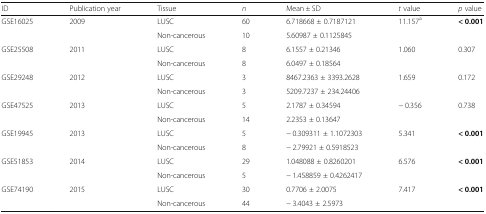
<table><thead><tr><td><b>ID</b></td><td><b>Publication year</b></td><td><b>Tissue</b></td><td><b><i>n</i></b></td><td><b>Mean ± SD</b></td><td><b><i>t</i> value</b></td><td><b><i>p</i> value</b></td></tr></thead><tbody><tr><td rowspan="2">GSE16025</td><td rowspan="2">2009</td><td>LUSC</td><td>60</td><td>6.718668 ± 0.7187121</td><td rowspan="2">11.157<sup>a</sup></td><td rowspan="2"><b>&lt; 0.001</b></td></tr><tr><td>Non-cancerous</td><td>10</td><td>5.60987 ± 0.1125845</td></tr><tr><td rowspan="2">GSE25508</td><td rowspan="2">2011</td><td>LUSC</td><td>8</td><td>6.1557 ± 0.21346</td><td rowspan="2">1.060</td><td rowspan="2">0.307</td></tr><tr><td>Non-cancerous</td><td>8</td><td>6.0497 ± 0.18564</td></tr><tr><td rowspan="2">GSE29248</td><td rowspan="2">2012</td><td>LUSC</td><td>3</td><td>8467.2363 ± 3393.2628</td><td rowspan="2">1.659</td><td rowspan="2">0.172</td></tr><tr><td>Non-cancerous</td><td>3</td><td>5209.7237 ± 234.24406</td></tr><tr><td rowspan="2">GSE47525</td><td rowspan="2">2013</td><td>LUSC</td><td>5</td><td>2.1787 ± 0.34594</td><td rowspan="2">− 0.356</td><td rowspan="2">0.738</td></tr><tr><td>Non-cancerous</td><td>14</td><td>2.2353 ± 0.13647</td></tr><tr><td rowspan="2">GSE19945</td><td rowspan="2">2013</td><td>LUSC</td><td>5</td><td>− 0.309311 ± 1.1072303</td><td rowspan="2">5.341</td><td rowspan="2"><b>&lt; 0.001</b></td></tr><tr><td>Non-cancerous</td><td>8</td><td>− 2.79921 ± 0.5918523</td></tr><tr><td rowspan="2">GSE51853</td><td rowspan="2">2014</td><td>LUSC</td><td>29</td><td>1.048088 ± 0.8260201</td><td rowspan="2">6.576</td><td rowspan="2"><b>&lt; 0.001</b></td></tr><tr><td>Non-cancerous</td><td>5</td><td>− 1.458859 ± 0.4262417</td></tr><tr><td rowspan="2">GSE74190</td><td rowspan="2">2015</td><td>LUSC</td><td>30</td><td>0.7706 ± 2.0075</td><td rowspan="2">7.417</td><td rowspan="2"><b>&lt; 0.001</b></td></tr><tr><td>Non-cancerous</td><td>44</td><td>− 3.4043 ± 2.5973</td></tr></tbody></table>